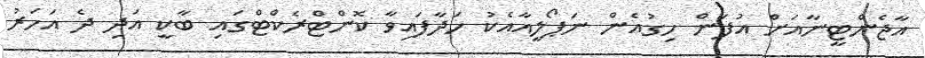
އާޖެންޓީނާއަށް އުފަން ހިގުއެން ނަޕޯލީއާއެކު ހަދާފައިވާ ކޮންޓްރެކްޓްގައި ބާކީ އަދި ދެ އަހަރު